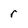
Character: r